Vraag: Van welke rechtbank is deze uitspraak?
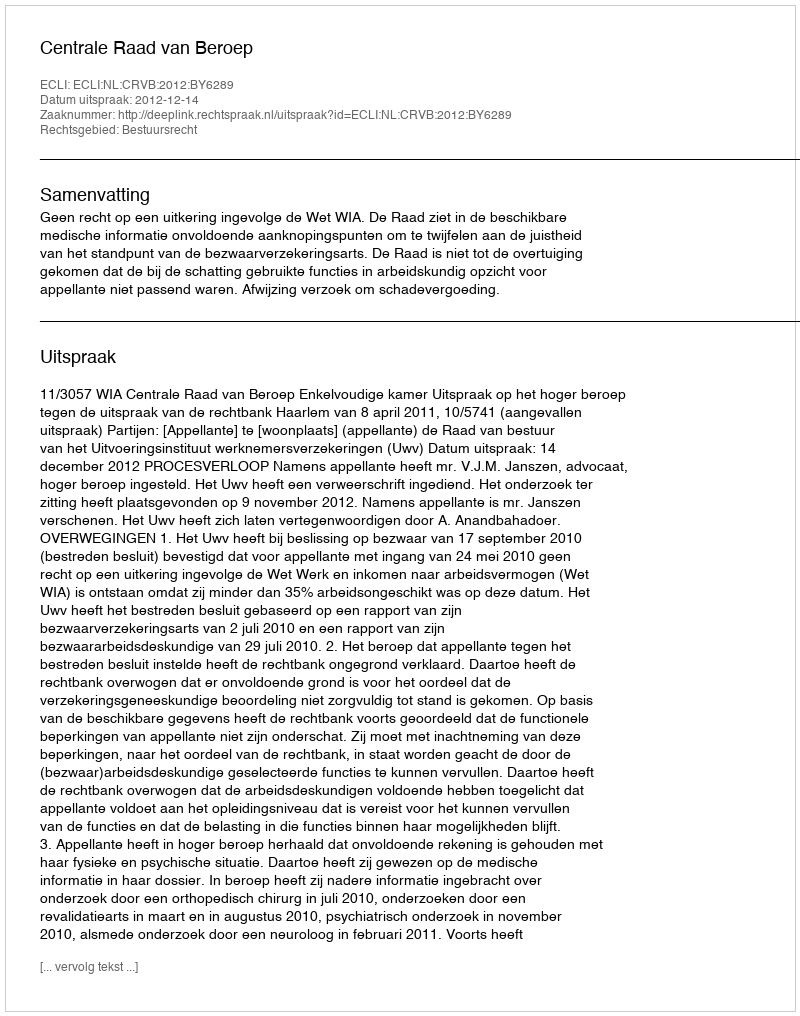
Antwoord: Centrale Raad van Beroep